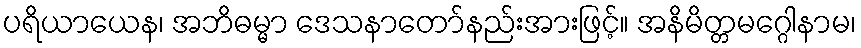
ပရိယာယေန၊ အဘိဓမ္မာ ဒေသနာတော်နည်းအားဖြင့်။ အနိမိတ္တမဂ္ဂေါနာမ၊